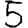
Digit: 5